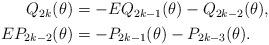
LaTeX: \begin{align*}\begin{aligned}Q_{2 k}(\theta) &=-E Q_{2 k-1}(\theta)-Q_{2 k-2}(\theta), \\E P_{2 k-2}(\theta) &=-P_{2 k-1}(\theta)-P_{2 k-3}(\theta) .\end{aligned}\end{align*}